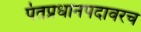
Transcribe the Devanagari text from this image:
पंतप्रधानपदावरच